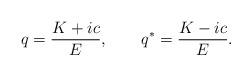
LaTeX: \begin{align*}q=\frac{K+ic}{E},~~~~~~q^*=\frac{K-ic}{E}.\end{align*}